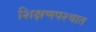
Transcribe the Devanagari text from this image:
शिक्षणपश्चात